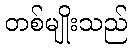
တစ်မျိုးသည်